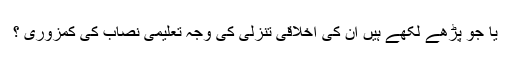
یا جو پڑھے لکھے ہیں ان کی اخلاقی تنزلی کی وجہ تعلیمی نصاب کی کمزوری ؟